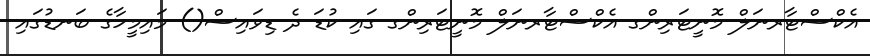
އެކްސްޓާރނަލް މޮނީޓަރިންގ އެކްސްޓާރނަލް މޮނީޓަރިންގ ގައި ކުޑަ ދެ ޑިވައިސް() މައިމީހާގެ ބަނޑުގައި